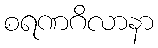
စရဏဂိလာနာ